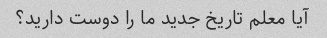
آیا معلم تاریخ جدید ما را دوست دارید؟